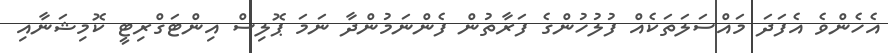
އެހެންވެ އެފަދަ މައްސަލަތަކެއް ފުލުހުންގެ ފަރާތުން ފެންނަމުންދާ ނަމަ ޕޮލިސް އިންޓަގްރިޓީ ކޮމިޝަނާއި